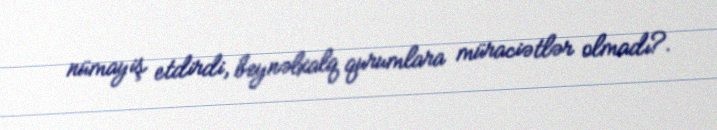
nümayiş etdirdi, beynəlxalq qurumlara müraciətlər olmadı?.